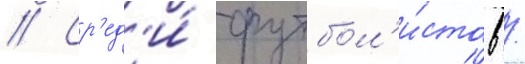
// Ср'ед'и́ футбол'и́стов /